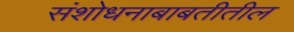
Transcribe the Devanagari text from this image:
संशोधनाबाबतीतील